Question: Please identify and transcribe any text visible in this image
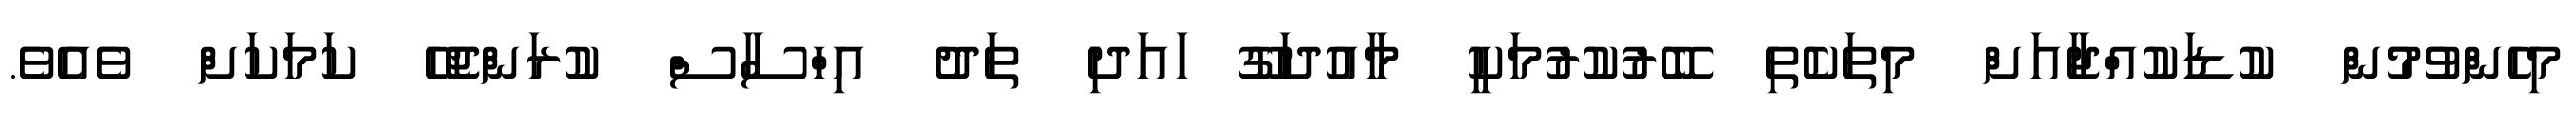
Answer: މިހެންވުމުން ކުޑަކުއްޖާއަށް މިތަކެތި ބޭރުކުރުމަކީ މާއުދަގޫ ައަދި ތަދު އިހްސާސް ކުރަންޖެހޭ ކަމަކަށް ވެއެވެ.